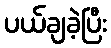
ပယ်ချခဲ့ပြီး